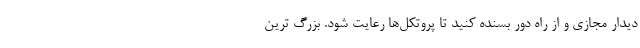
دیدار مجازی و از راه دور بسنده کنید تا پروتکل‌ها رعایت شود. بزرگ ‌ترین